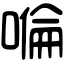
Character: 𠹹